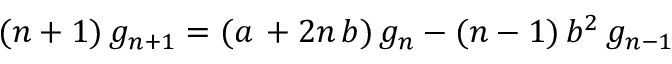
( n + 1 ) \, g _ { n + 1 } = ( a \, + 2 n \, b ) \, g _ { n } - ( n - 1 ) \, b ^ { 2 } \, g _ { n - 1 }